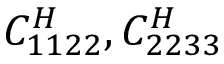
C _ { 1 1 2 2 } ^ { H } , C _ { 2 2 3 3 } ^ { H }